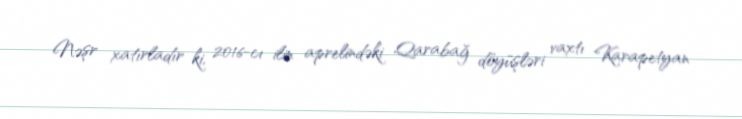
Nəşr xatırladır ki, 2016-cı ilin aprelindəki Qarabağ döyüşləri vaxtı Karapetyan